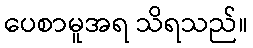
ပေစာမူအရ သိရသည်။